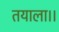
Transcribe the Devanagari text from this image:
तयाला।।